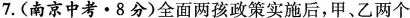
7.(南京中考·8分)全面两孩政策实施后,甲、乙两个